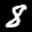
Label: 8